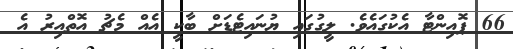
66 ޕޮއިންޓާ އެކުގައެވެ. ލީގުގައި ޔުނައިޓެޑަށް ބާކީ އެއް މެޗު އޮތްއިރު އެ